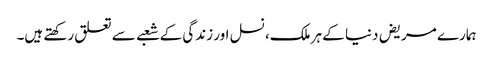
ہمارے مریض دنیا کے ہر ملک، نسل اور زندگی کے شعبے سے تعلق رکھتے ہیں۔